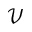
\mathcal { V }